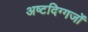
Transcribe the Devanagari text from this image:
अष्टदिग्गजों